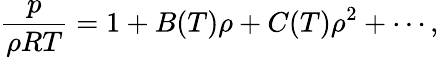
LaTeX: \frac{p}{\rho RT}=1+B(T)\rho+C(T)\rho^{2}+\cdots,